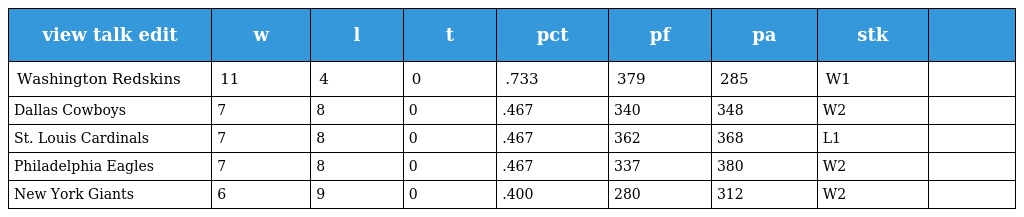
| view talk edit | w | l | t | pct | pf | pa | stk |  |
 | --- | --- | --- | --- | --- | --- | --- | --- | --- |
 | Washington Redskins | 11 | 4 | 0 | .733 | 379 | 285 | W1 |  |
 | Dallas Cowboys | 7 | 8 | 0 | .467 | 340 | 348 | W2 |  |
 | St. Louis Cardinals | 7 | 8 | 0 | .467 | 362 | 368 | L1 |  |
 | Philadelphia Eagles | 7 | 8 | 0 | .467 | 337 | 380 | W2 |  |
 | New York Giants | 6 | 9 | 0 | .400 | 280 | 312 | W2 |  |